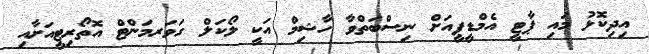
އިދިކޮޅު މައި ޕާޓީ އެމްޑީޕީއަށް ނިސްބަތްވާ ހާޝިމް އަކީ ލޯކަލް ގަވަރމަންޓް އޮތޯރިޓީއަށާއި